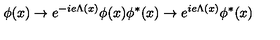
\phi ( x ) \rightarrow e ^ { - i e \Lambda ( x ) } \phi ( x ) \phi ^ { \ast } ( x ) \rightarrow e ^ { i e \Lambda ( x ) } \phi ^ { \ast } ( x )